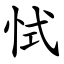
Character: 恜